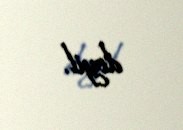
deyil.